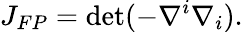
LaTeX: J_{FP}=\operatorname*{d\mathrm{e}t}(-\nabla^{i}\nabla_{i}).